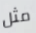
مثل